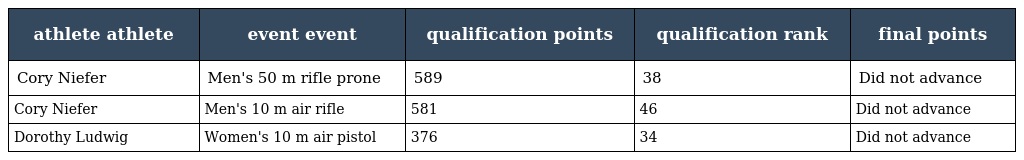
| athlete athlete | event event | qualification points | qualification rank | final points |
 | --- | --- | --- | --- | --- |
 | Cory Niefer | Men's 50 m rifle prone | 589 | 38 | Did not advance |
 | Cory Niefer | Men's 10 m air rifle | 581 | 46 | Did not advance |
 | Dorothy Ludwig | Women's 10 m air pistol | 376 | 34 | Did not advance |